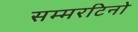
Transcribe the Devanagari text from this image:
सम्मरटिनो